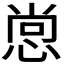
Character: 𭝒